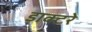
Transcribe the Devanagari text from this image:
डाक्टरे